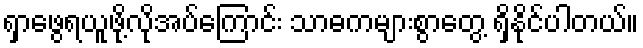
ရှာဖွေရယူဖို့လိုအပ်ကြောင်း သာဓကများစွာတွေ့ ရှိနိုင်ပါတယ်။